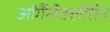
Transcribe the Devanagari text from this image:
ऑर्गैनोक्लोरीन